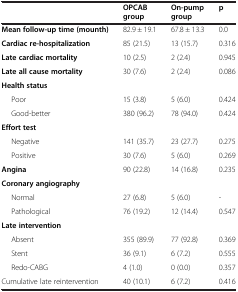
<table><thead><tr><td><b> </b></td><td><b>OPCAB group</b></td><td><b>On-pump group</b></td><td><b>p</b></td></tr></thead><tbody><tr><td><b>Mean follow </b><b><i>- </i></b><b>up time (mounth)</b></td><td>82.9 ± 19.1</td><td>67.8 ± 13.3</td><td>0.0</td></tr><tr><td><b>Cardiac re-hospitalization</b></td><td>85 (21.5)</td><td>13 (15.7)</td><td>0.316</td></tr><tr><td><b>Late cardiac mortality</b></td><td>10 (2.5)</td><td>2 (2.4)</td><td>0.945</td></tr><tr><td><b>Late all cause mortality</b></td><td>30 (7.6)</td><td>2 (2.4)</td><td>0.086</td></tr><tr><td><b>Health status</b></td><td> </td><td> </td><td> </td></tr><tr><td>Poor</td><td>15 (3.8)</td><td>5 (6.0)</td><td>0.424</td></tr><tr><td>Good-better</td><td>380 (96.2)</td><td>78 (94.0)</td><td>0.424</td></tr><tr><td><b>Effort test</b></td><td> </td><td> </td><td> </td></tr><tr><td>Negative</td><td>141 (35.7)</td><td>23 (27.7)</td><td>0.275</td></tr><tr><td>Positive</td><td>30 (7.6)</td><td>5 (6.0)</td><td>0.269</td></tr><tr><td><b>Angina</b></td><td>90 (22.8)</td><td>14 (16.8)</td><td>0.235</td></tr><tr><td><b>Coronary angiography</b></td><td> </td><td> </td><td> </td></tr><tr><td>Normal</td><td>27 (6.8)</td><td>5 (6.0)</td><td>-</td></tr><tr><td>Pathological</td><td>76 (19.2)</td><td>12 (14.4)</td><td>0.547</td></tr><tr><td><b>Late intervention</b></td><td> </td><td> </td><td> </td></tr><tr><td>Absent</td><td>355 (89.9)</td><td>77 (92.8)</td><td>0.369</td></tr><tr><td>Stent</td><td>36 (9.1)</td><td>6 (7.2)</td><td>0.555</td></tr><tr><td>Redo-CABG</td><td>4 (1.0)</td><td>0 (0.0)</td><td>0.357</td></tr><tr><td>Cumulative late reintervention</td><td>40 (10.1)</td><td>6 (7.2)</td><td>0.416</td></tr></tbody></table>